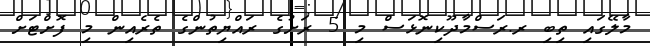
މާލޭގައި ތިބި ރ.ރަސްމާދޫކިނޮޅަސް މި 5 ރަށުގެ ރައްޔިތުންގެ ތެރެއިން މި ފޮށްޓަށް